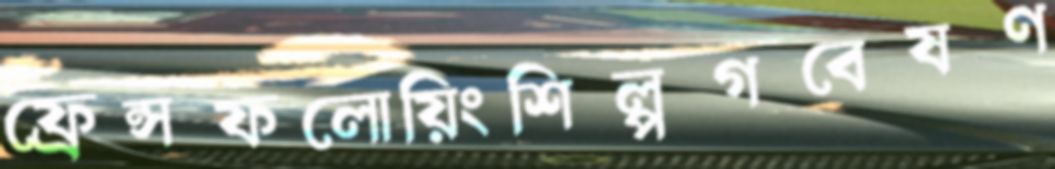
ফ্রেন্সফলোয়িংশিল্পগবেষণ